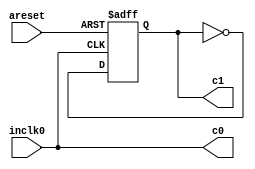
module CLK_GEN(

input areset,
input inclk0,
output wire c0,
output reg c1
);


assign c0 = inclk0;

/*
reg cnt;:wq

always@(posedge inclk0 or negedge areset)begin
    if(~areset)begin
        cnt <= 1'b0;
        c1 <= 1'b0;
    end
    else begin
        cnt <= cnt == 1'b1 ? 1'b0 : cnt+ 1'b1;
        c1 <= (cnt == 1'b1 || cnt == 1'b0) ? ~c1 : c1;
    end
end
*/

always@(posedge inclk0 or negedge areset)begin
    if(~areset)begin
        c1 <= 1'b0;
    end
    else begin
        c1 <= ~c1;
    end
end

endmodule